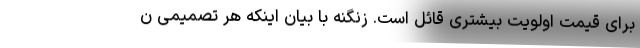
برای قیمت اولویت بیشتری قائل است. زنگنه با بیان اینکه هر تصمیمی ن